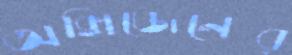
অক্সিজেনের